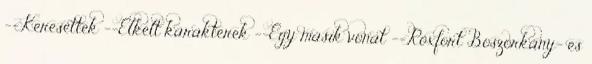
--Keresettek --Elkelt karakterek --Egy másik vonat --Roxfort Boszorkány- és